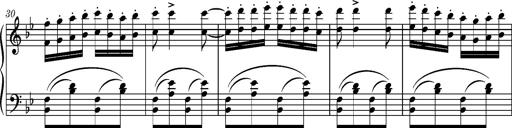
Title: Ungarische Nationalmelodien, S.243
Composer: Franz Liszt